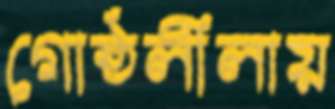
গোষ্ঠলীলায়